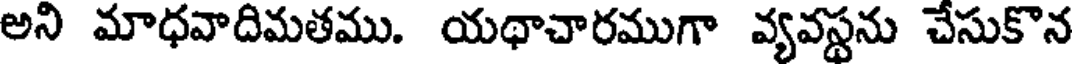
అని మాధవాదిమతము. యథాచారముగా వ్యవస్థను చేసుకొన